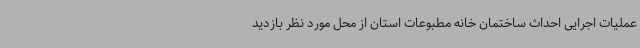
عملیات اجرایی احداث ساختمان خانه مطبوعات استان از محل مورد نظر بازدید